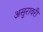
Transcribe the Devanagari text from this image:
असुरावरी